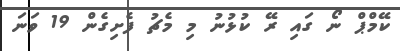
ކޭމްޕް ނޯ ގައި ރޭ ކުޅުނު މި މެޗު ފެށިގެން 19 ވަނަ